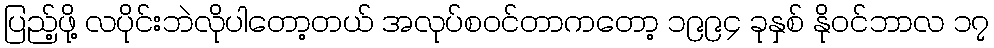
ပြည့်ဖို့ လပိုင်းဘဲလိုပါတော့တယ် အလုပ်စဝင်တာကတော့ ၁၉၉၄ ခုနှစ် နိုဝင်ဘာလ ၁၇